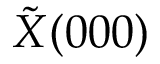
\tilde { X } ( 0 0 0 )